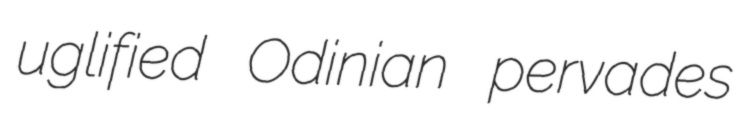
uglified Odinian pervades